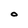
Character: O